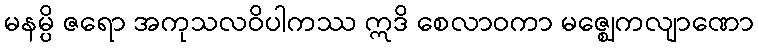
မနမ္ပိ ဇရော အကုသလဝိပါကဿ ဣဒိ စေလာဝကာ မဇ္ဈေကလျာဏော